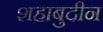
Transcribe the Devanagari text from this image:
शहाबुदीन